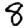
Digit: 8